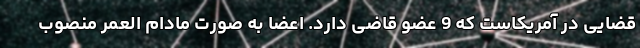
قضایی در آمریکاست که 9 عضو قاضی دارد. اعضا به صورت مادام العمر منصوب